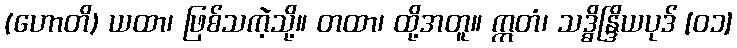
(ဟောတိ) ယထာ၊ ဖြစ်သကဲ့သို့။ တထာ၊ ထို့အတူ။ ဣတံ၊ သဒ္ဓိန္ဒြိယပုဒ် [၀၁]